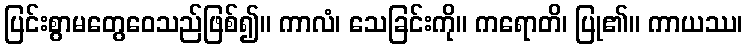
ပြင်းစွာမတွေဝေသည်ဖြစ်၍။ ကာလံ၊ သေခြင်းကို။ ကရောတိ၊ ပြု၏။ ကာယဿ၊